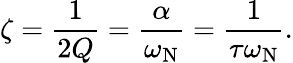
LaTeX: \zeta={\frac{1}{2Q}}={\frac{\alpha}{\omega_{\mathrm{N}}}}={\frac{1}{\tau\omega_{\mathrm{N}}}}.